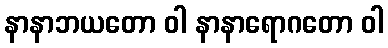
နာနာဘယတော ဝါ နာနာရောဂတော ဝါ